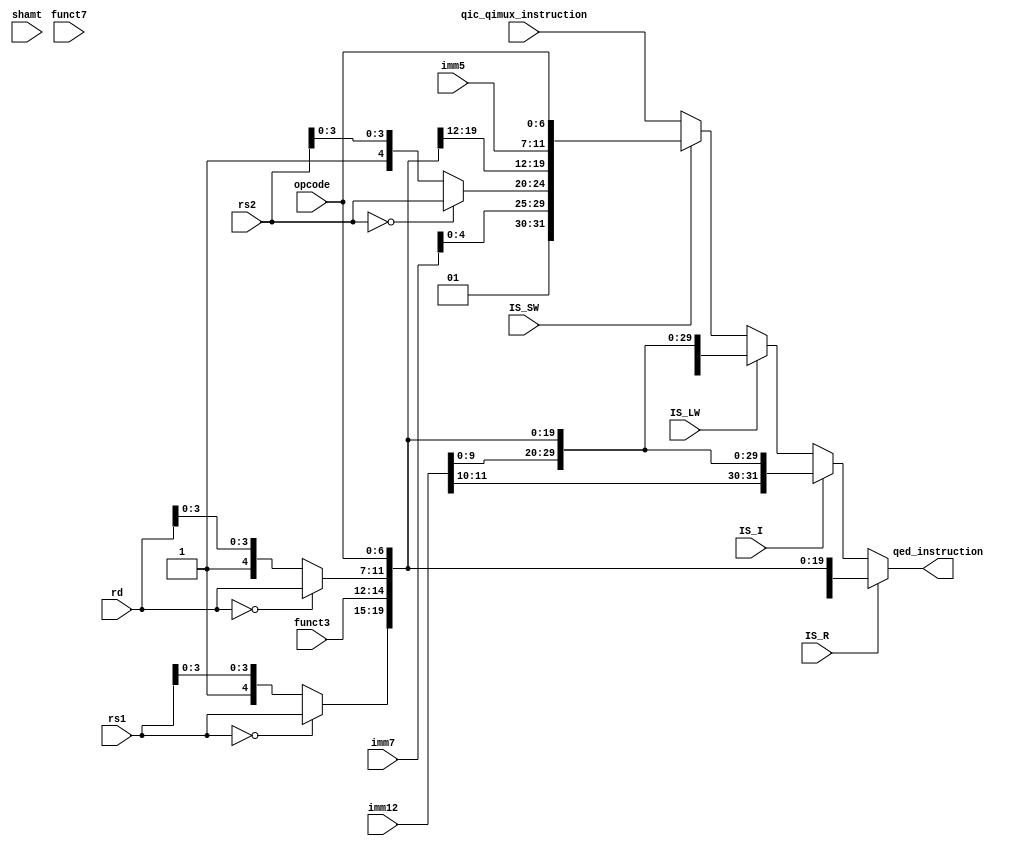
module modify_instruction (
// Outputs
qed_instruction,
// Inputs
qic_qimux_instruction,
funct7,
funct3,
rd,
rs1,
rs2,
opcode,
shamt,
imm12,
imm7,
imm5,
IS_R,
IS_I,
IS_LW,
IS_SW);

  input [31:0] qic_qimux_instruction;
  input [6:0] funct7;
  input [2:0] funct3;
  input [4:0] rd;
  input [4:0] rs1;
  input [4:0] rs2;
  input [6:0] opcode;
  input [4:0] shamt;
  input [11:0] imm12;
  input [6:0] imm7;
  input [4:0] imm5;
  input IS_R;
  input IS_I;
  input IS_LW;
  input IS_SW;

  output reg [31:0] qed_instruction;

  wire [31:0] INS_R;
  wire [31:0] INS_I;
  wire [31:0] INS_LW;
  wire [31:0] INS_SW;
  wire [31:0] INS_CONSTRAINT;

  wire [4:0] NEW_rd;
  wire [4:0] NEW_rs1;
  wire [4:0] NEW_rs2;
  wire [11:0] NEW_imm12;
  wire [6:0] NEW_imm7;

  assign NEW_rd = (rd == 5'b00000) ? rd : {1'b1, rd[3:0]};
  assign NEW_rs1 = (rs1 == 5'b00000) ? rs1 : {1'b1, rs1[3:0]};
  assign NEW_rs2 = (rs2 == 5'b00000) ? rs2 : {1'b1, rs2[3:0]};
  assign NEW_imm12 = {2'b01, imm12[9:0]};
  assign NEW_imm7 = {2'b01, imm7[4:0]};

  assign INS_R = {funct7, NEW_rs2, NEW_rs1, funct3, NEW_rd, opcode};
  assign INS_I = {imm12, NEW_rs1, funct3, NEW_rd, opcode};
  assign INS_LW = {NEW_imm12, NEW_rs1, funct3, NEW_rd, opcode};
  assign INS_SW = {NEW_imm7, NEW_rs2, NEW_rs1, funct3, imm5, opcode};

  assign qed_instruction = IS_R ? INS_R : (IS_I ? INS_I : (IS_LW ? INS_LW : (IS_SW ? INS_SW : qic_qimux_instruction)));

endmodule